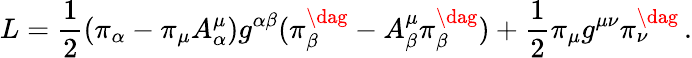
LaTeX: L=\frac{1}{2}(\pi_{\alpha}-\pi_{\mu}A_{\alpha}^{\mu})g^{\alpha\beta}(\pi_{\beta}^{\dag}-A_{\beta}^{\mu}\pi_{\beta}^{\dag})+\frac{1}{2}\pi_{\mu}g^{\mu\nu}\pi_{\nu}^{\dag}\, .